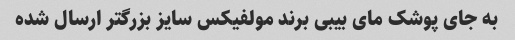
به جای پوشک مای بیبی برند مولفیکس سایز بزرگتر ارسال شده